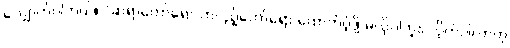
လျှောက်ပါတယ်။ “ဆရာတော်ရော-တပည့်တော်ရော ထောက်ပံ့ဖို့ မလိုပါဘူး၊ လိုက်ပါလာတဲ့